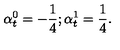
\alpha _ { t } ^ { 0 } = - { \frac { 1 } { 4 } } ; \alpha _ { t } ^ { 1 } = { \frac { 1 } { 4 } } .